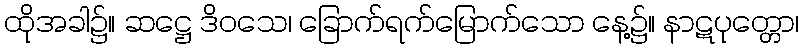
ထိုအခါ၌။ ဆဋ္ဌေ ဒိဝသေ၊ ခြောက်ရက်မြောက်သော နေ့၌။ နာဋပုတ္တော၊